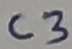
Text: C3